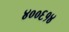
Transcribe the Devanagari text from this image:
४००६१४